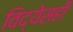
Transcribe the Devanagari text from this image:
विद्येसही